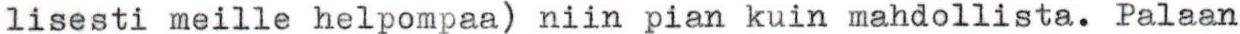
lisesti meille helpompaa) niin pian kuin mahdollista. Palaan